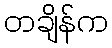
တချိန်က